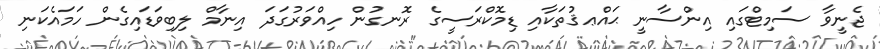
ޖެނީވާ ސަމިޓްގައި އިންސާނީ ޙައްޢޤުތަކާއި ޑިމޮކްރަސީގެ ރޮނގުން ހިއްވަރުގަދަ އިނާމް ލިބިވަޑައިގެން ހަމައެކަނި